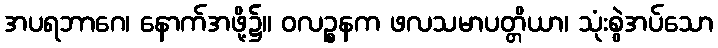
အပရဘာဂေ၊ နောက်အဖို့၌။ ဝလဉ္စနက ဖလသမာပတ္တိယာ၊ သုံးစွဲအပ်သော